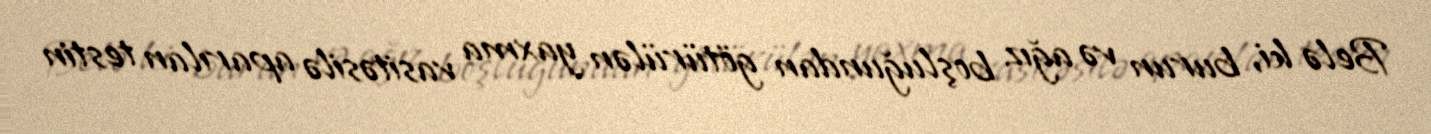
Belə ki, burun və ağız boşluğundan götürülən yaxma vasitəsilə aparılan testin